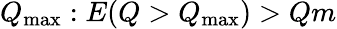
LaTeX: Q_{\operatorname*{max}}:E(Q>Q_{\operatorname*{max}})>Qm